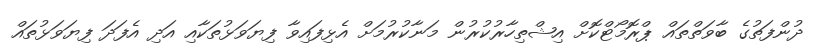
ދުންފަތުގެ ބާވަތްތައް ޕްރޮމޯޓްކޮށް އިޝްތިހާރުކުރުން މަނާކުރުމަށް އެޅިފައިވާ ފިޔަވަޅުތަކާއި އަދި އެފަދަ ފިޔަވަޅުތައް